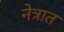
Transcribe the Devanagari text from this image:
नेत्रात